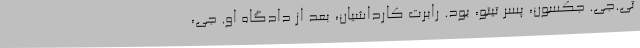
تی‌.جی. جکسون، پسر تیتو، بود. رابرت کارداشیان، بعد از دادگاه او. جی،